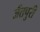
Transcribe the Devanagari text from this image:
जैंतपुरी